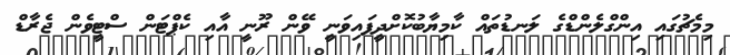
މިމެޗުގައި އިންގްލެންޑްގެ ލަނޑުތައް ކާމިޔާބުކޮށްދީފައިވަނީ ވޭން ރޫނީ އާއި ކެޕްޓަން ސްޓީވެން ޖެރާޑް